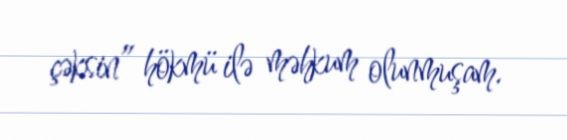
çəksin” hökmü ilə məhkum olunmuşam.